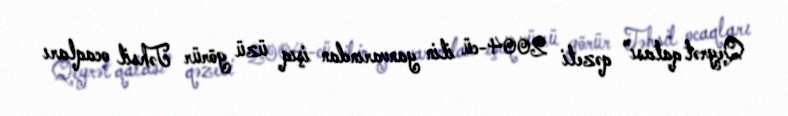
Qeyrət qalası" qəzeti 2004-cü ilin yanvarından işıq üzü görür Təhsil ocaqları